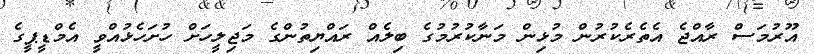
އޫރުމަސް ރާއްޖެ އެތެރެކުރުން މުޅިން މަނާކުރުމުގެ ބިލެއް ރައްޔިތުންގެ މަޖިލީހަށް ހުށަހެޅުއްވީ އެމްޑީޕީގެ